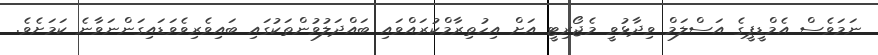
ނަމަވެސް އެމްޑީޕީގެ އަސްލަމް ވިދާޅުވީ މެޖޯރިޓީ އަށް އިހުތިރާމްކުރައްވައި ބައްދަލުވުންތަކުގައި ބައިވެރިވެވަޑައިގަންނަވާނެ ކަމަށެވެ.